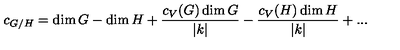
c _ { G / H } = \dim G - \dim H + { \frac { c _ { V } ( G ) \dim G } { | k | } } - { \frac { c _ { V } ( H ) \dim H } { | k | } } + . . .